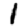
Digit: 1